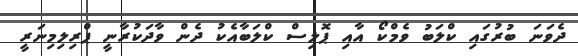
ދެވަނަ ބުރުގައި ކްލަބު ވެމްކޯ އާއި ޕޮލިސް ކްލަބާއެކު ދެން ވާދަކުރާނީ ޕްރިލިމިނަރީ